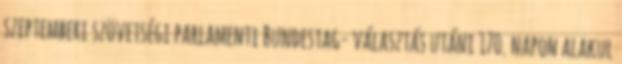
szeptemberi szövetségi parlamenti Bundestag- választás utáni 170. napon alakul